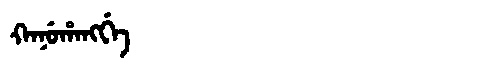
Manchu: ᡴᠠᠨᡠᡥᠠᠩᡤᡝ
Romanization: KANUHANGGE